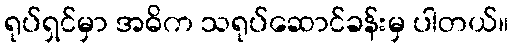
ရုပ်ရှင်မှာ အဓိက သရုပ်ဆောင်ခန်းမှ ပါတယ်။